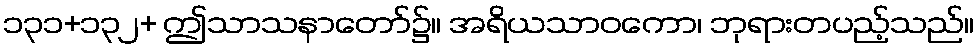
၁၃၁+၁၃၂+ ဤသာသနာတော်၌။ အရိယသာဝကော၊ ဘုရားတပည့်သည်။